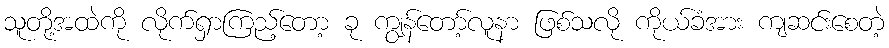
သူတို့အထဲကို လိုက်ရှာကြည့်တော့ ခု ကျွန်တော့်လူနာ ဖြစ်သလို ကိုယ်ခံအား ကျဆင်းစေတဲ့